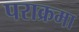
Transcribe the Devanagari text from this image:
पराक्रमा